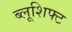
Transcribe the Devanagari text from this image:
ब्लूशिफ्ट